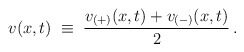
\begin{align*}v(x,t) \; \equiv \; \frac{v_{(+)}(x,t) + v_{(-)}(x,t)}{2} \, .\end{align*}